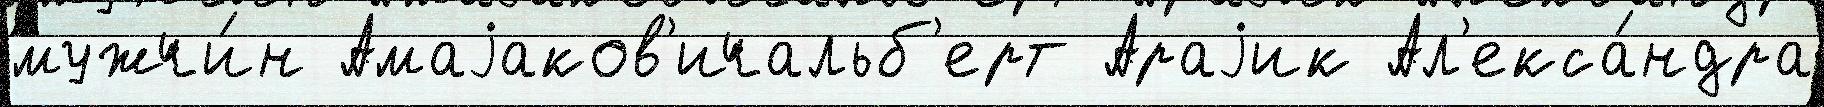
мужчи́н Амаjаков'ичальб'ерт Араjик Ал'екса́ндра